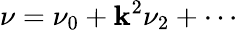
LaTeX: \nu=\nu_{0}+\mathbf{k}^{2}\nu_{2}+\cdots